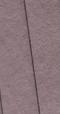
Signature authenticity: genuine